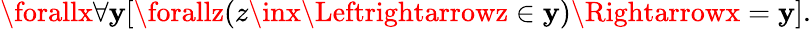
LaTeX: \forallx\forall\mathbf{y}[\forallz(z\inx\Leftrightarrowz\in\mathbf{y})\Rightarrowx=\mathbf{y}].